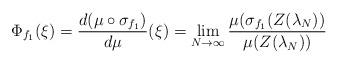
LaTeX: \begin{align*}\Phi_{f_1}(\xi)= \frac{d(\mu \circ \sigma_{f_1})}{d\mu}(\xi) = \lim_{N \to \infty} \frac{\mu(\sigma_{f_1}(Z(\lambda_N))}{\mu(Z(\lambda_N))}\end{align*}